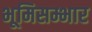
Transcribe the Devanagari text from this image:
भूमिसम्भार